Lunatic asylums Punjab 1911-1921 - 1911-1921
Year: 1911
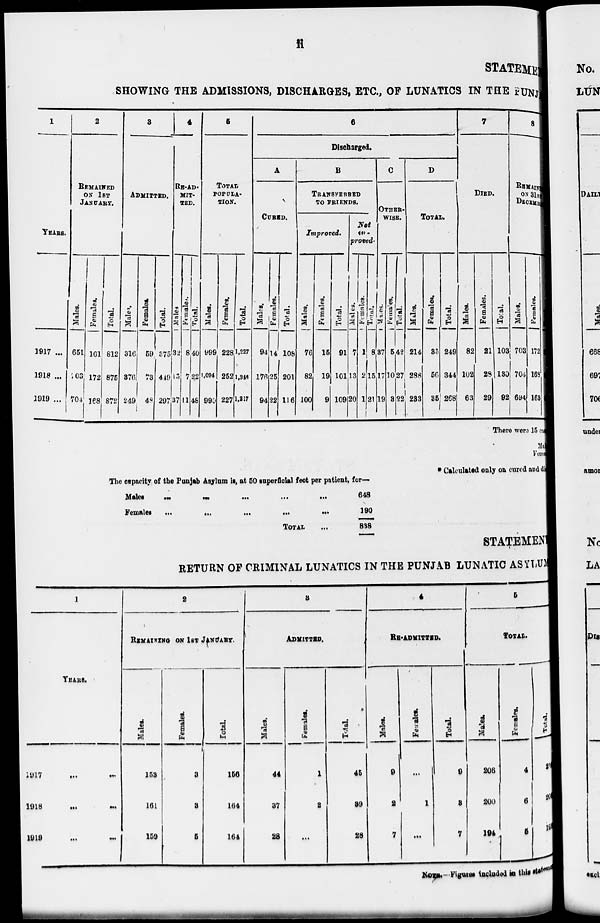
ii
STATEMENT
SHOWING THE ADMISSIONS, DISCHARGES, ETC., OF LUNATICS IN THE PUNJAB.
1
YEARS.
1917 ...
1918 ...
1919 ...
2
REMAINED
ON 1ST
JANUARY.
Males.
651
703
704
Females.
161
172
168
Total.
812
875
872
3
ADMITTED.
Males.
316
376
249
Females.
59
73
48
Total.
375
449
297
4
RE-AD.
MIT-
TED.
Males
32
15
37
Females.
8
7
11
Total.
40
22
48
6
TOTAL
POPULA-
TION.
Males.
999
1,094
990
Females.
228
252
227
Total.
1,227
1,348
1,217
6
Discharged.
A
CURED.
Males.
94
176
94
Females.
14
25
22
Total.
108
201
116
B
TRANSFEREED
TO FRIENDS.
Improved.
Males.
76
82
100
Females.
15
19
9
Total.
91
101
109
Not
im-
proved.
Males.
7
13
20
Females.
1
2
1
Total.
8
15
21
C
OTHER-
----.
Males.
37
17
19
Females.
5
10
3
Total.
42
27
22
D
TOTAL.
Males.
214
288
233
Females.
35
56
35
Total.
249
344
268
7
DIED.
Males.
82
102
63
Females.
21
28
29
Total.
103
130
92
8
REMAIN
ON 31ST
DECEMBER
Males.
703
704
694
Females.
172
168.
163
There were 15 ca
Ma
Fem
* Calculated only on cured and di
The capacity of the Punjab Asylum is, at 50 superficial feet per patient, for—
Males
...
...
....
...
...
Females
... ... ... ... ...
TOTAL ...
648
190
838
STATEMENT
RETURN OF CRIMINAL LUNATICS IN THE PUNJAB LUNATIC ASYLUM
1
YEARS.
17
...
...
18
...
...
19
...
...
2
REMAINING ON 1ST JANUARY.
Males.
153
161
159
Females.
3
3
5
Total.
156
164
164
3
ADMITTED.
Males.
44
37
28
Females.
1
2
...
Total.
45
39
28
4
RE-ADMITTED.
Males.
9
2
7
Females
...
1
...
Total.
9
3
7
5
TOTAL.
Males.
206
200
194
Females.
4
6
5
Total.
210
206
199
NOTE .–Figures included in this statement